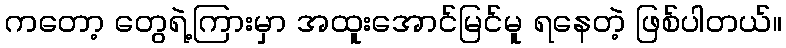
ကတော့ တွေရဲ့ကြားမှာ အထူးအောင်မြင်မူ ရနေတဲ့ ဖြစ်ပါတယ်။